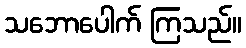
သဘောပေါက် ကြသည်။